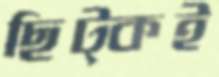
ছিট্‌কই